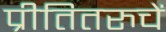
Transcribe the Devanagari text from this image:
प्रीतितरुचें